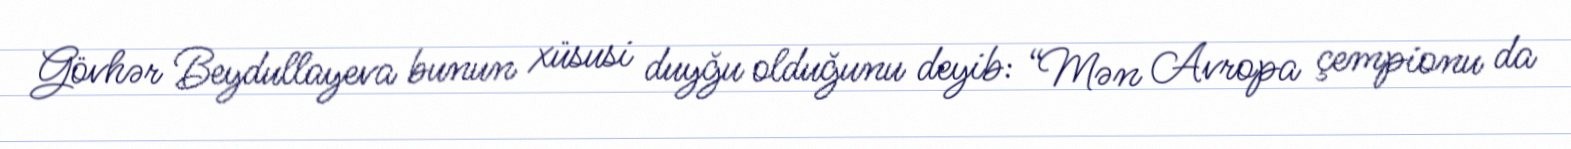
Gövhər Beydullayeva bunun xüsusi duyğu olduğunu deyib: “Mən Avropa çempionu da